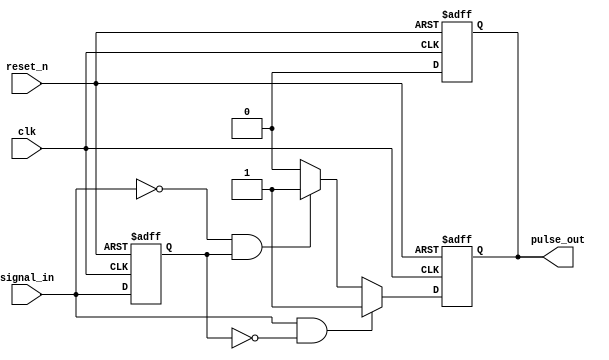
module EdgeDetector(
    input wire clk,              // Clock signal
    input wire reset_n,          // Asynchronous active-low reset
    input wire signal_in,        // Input signal to detect edges
    output reg pulse_out         // Output pulse signal
);

// Memory block to store the previous state of the input signal
reg previous_state;

// Always block for edge detection and pulse generation
always @(posedge clk or negedge reset_n) begin
    if (!reset_n) begin
        // Asynchronous Reset
        previous_state <= 1'b0; // Initialize previous state to low
        pulse_out <= 1'b0;      // Ensure pulse_out is low
    end else begin
        // Edge detection logic
        if (signal_in && !previous_state) begin
            // Rising edge detected
            pulse_out <= 1'b1;  // Generate pulse
        end else if (!signal_in && previous_state) begin
            // Falling edge detected
            pulse_out <= 1'b1;  // Generate pulse
        end else begin
            pulse_out <= 1'b0;   // No edge detected
        end
        
        // Update previous state
        previous_state <= signal_in;
    end
end

// Generate a pulse for one clock cycle
always @(posedge clk or negedge reset_n) begin
    if (!reset_n) begin
        pulse_out <= 1'b0; // Ensuring pulse_out is low at reset
    end else if (pulse_out) begin
        // If pulse_out was high, reset it to low on the next clock cycle
        pulse_out <= 1'b0;
    end
end

endmodule